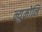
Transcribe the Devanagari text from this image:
न्युमोनि